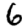
Digit: 6